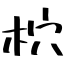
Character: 柼